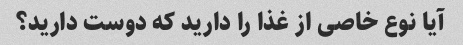
آیا نوع خاصی از غذا را دارید که دوست دارید؟